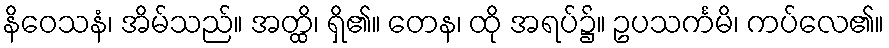
နိဝေသနံ၊ အိမ်သည်။ အတ္ထိ၊ ရှိ၏။ တေန၊ ထို အရပ်၌။ ဥပသင်္ကမိ၊ ကပ်လေ၏။